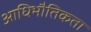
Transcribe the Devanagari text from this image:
आधिभौतिकता